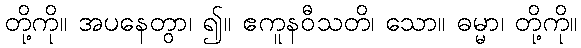
တို့ကို။ အပနေတွာ၊ ၍။ ဧကူနဝီသတိ၊ သော။ ဓမ္မာ၊ တို့ကို။